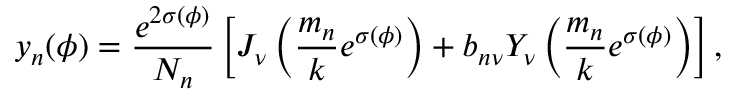
y _ { n } ( \phi ) = \frac { e ^ { 2 \sigma ( \phi ) } } { N _ { n } } \left[ J _ { \nu } \left( { \frac { m _ { n } } { k } } e ^ { \sigma ( \phi ) } \right) + b _ { n \nu } Y _ { \nu } \left( { \frac { m _ { n } } { k } } e ^ { \sigma ( \phi ) } \right) \right] ,